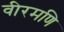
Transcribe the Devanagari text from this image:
वीरमणि